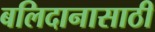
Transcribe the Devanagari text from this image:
बलिदानासाठी